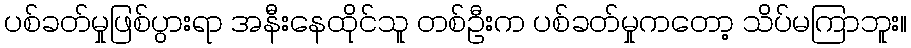
ပစ်ခတ်မှုဖြစ်ပွားရာ အနီးနေထိုင်သူ တစ်ဦးက ပစ်ခတ်မှုကတော့ သိပ်မကြာဘူး။